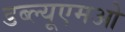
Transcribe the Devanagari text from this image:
डब्ल्यूएमओ